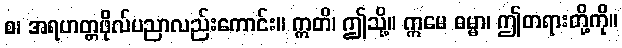
စ၊ အရဟတ္တဖိုလ်ပညာလည်းကောင်း။ ဣတိ၊ ဤသို့။ ဣမေ ဓမ္မာ၊ ဤတရားတို့ကို။